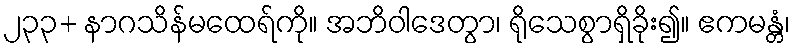
၂၃၃+ နာဂသိန်မထေရ်ကို။ အဘိဝါဒေတွာ၊ ရိုသေစွာရှိခိုး၍။ ဧကမန္တံ၊